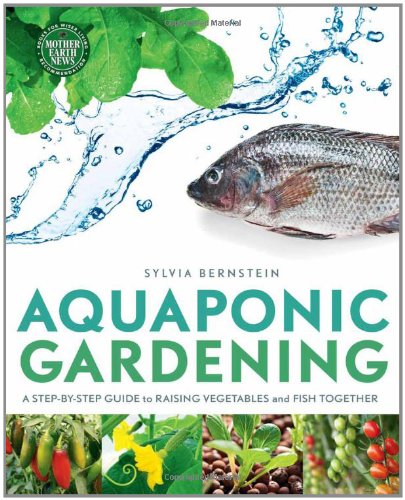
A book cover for Aquaponic Gardening: A Step-By-Step Guide to Raising Vegetables and Fish Together; Sylvia Bernstein; Crafts, Hobbies & Home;